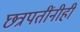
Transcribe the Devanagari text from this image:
छत्रपतींनीही